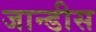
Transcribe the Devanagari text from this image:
जान्डीस